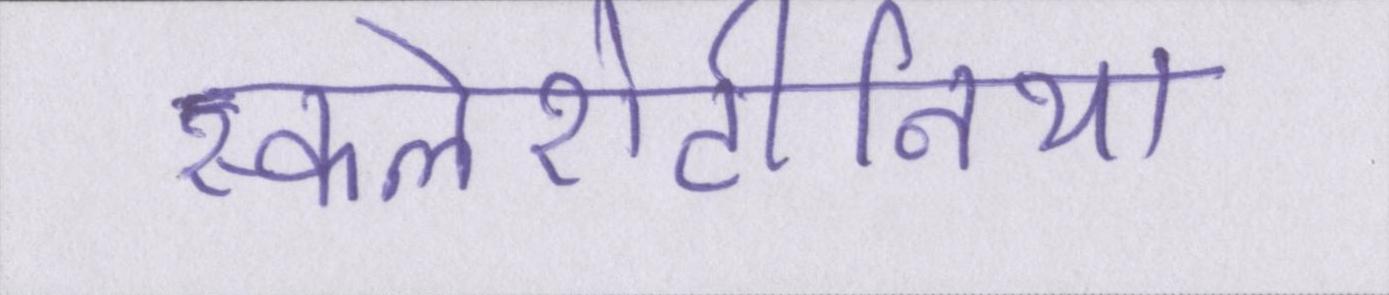
स्कलेरोटीनिया